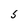
Character: S